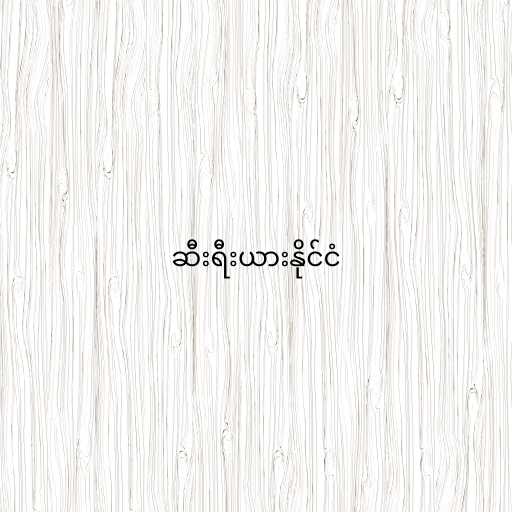
ဆီးရီးယားနိုင်ငံ